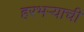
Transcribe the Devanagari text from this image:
हरभऱ्याची